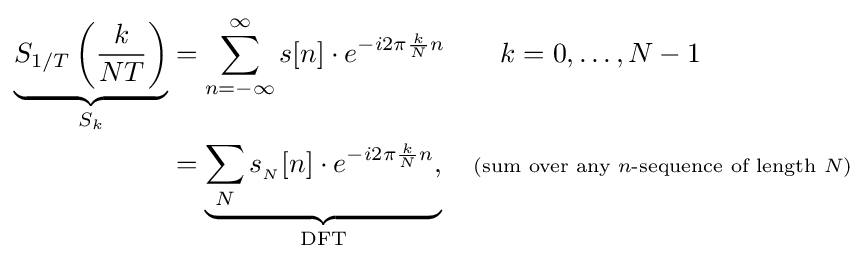
{\begin{aligned}\underbrace {S_{1/T}\left({\frac {k}{NT}}\right)} _{S_{k}}&=\sum _{n=-\infty }^{\infty }s[n]\cdot e^{-i2\pi {\frac {k}{N}}n}\quad \quad k=0,\dots ,N-1\\&=\underbrace {\sum _{N}s_{_{N}}[n]\cdot e^{-i2\pi {\frac {k}{N}}n},} _{\text{DFT}}\quad \scriptstyle {{\text{(sum over any }}n{\text{-sequence of length }}N)}\end{aligned}}